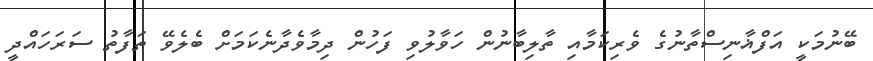
ބޭނުމަކީ އަފްޣާނިސްތާނުގެ ވެރިކަމާއި ތާލިބާނުން ހަވާލުވި ފަހުން ދިމާވެދާނެކަމަށް ބެލެވޭ ތަފާތު ސަރަހައްދީ